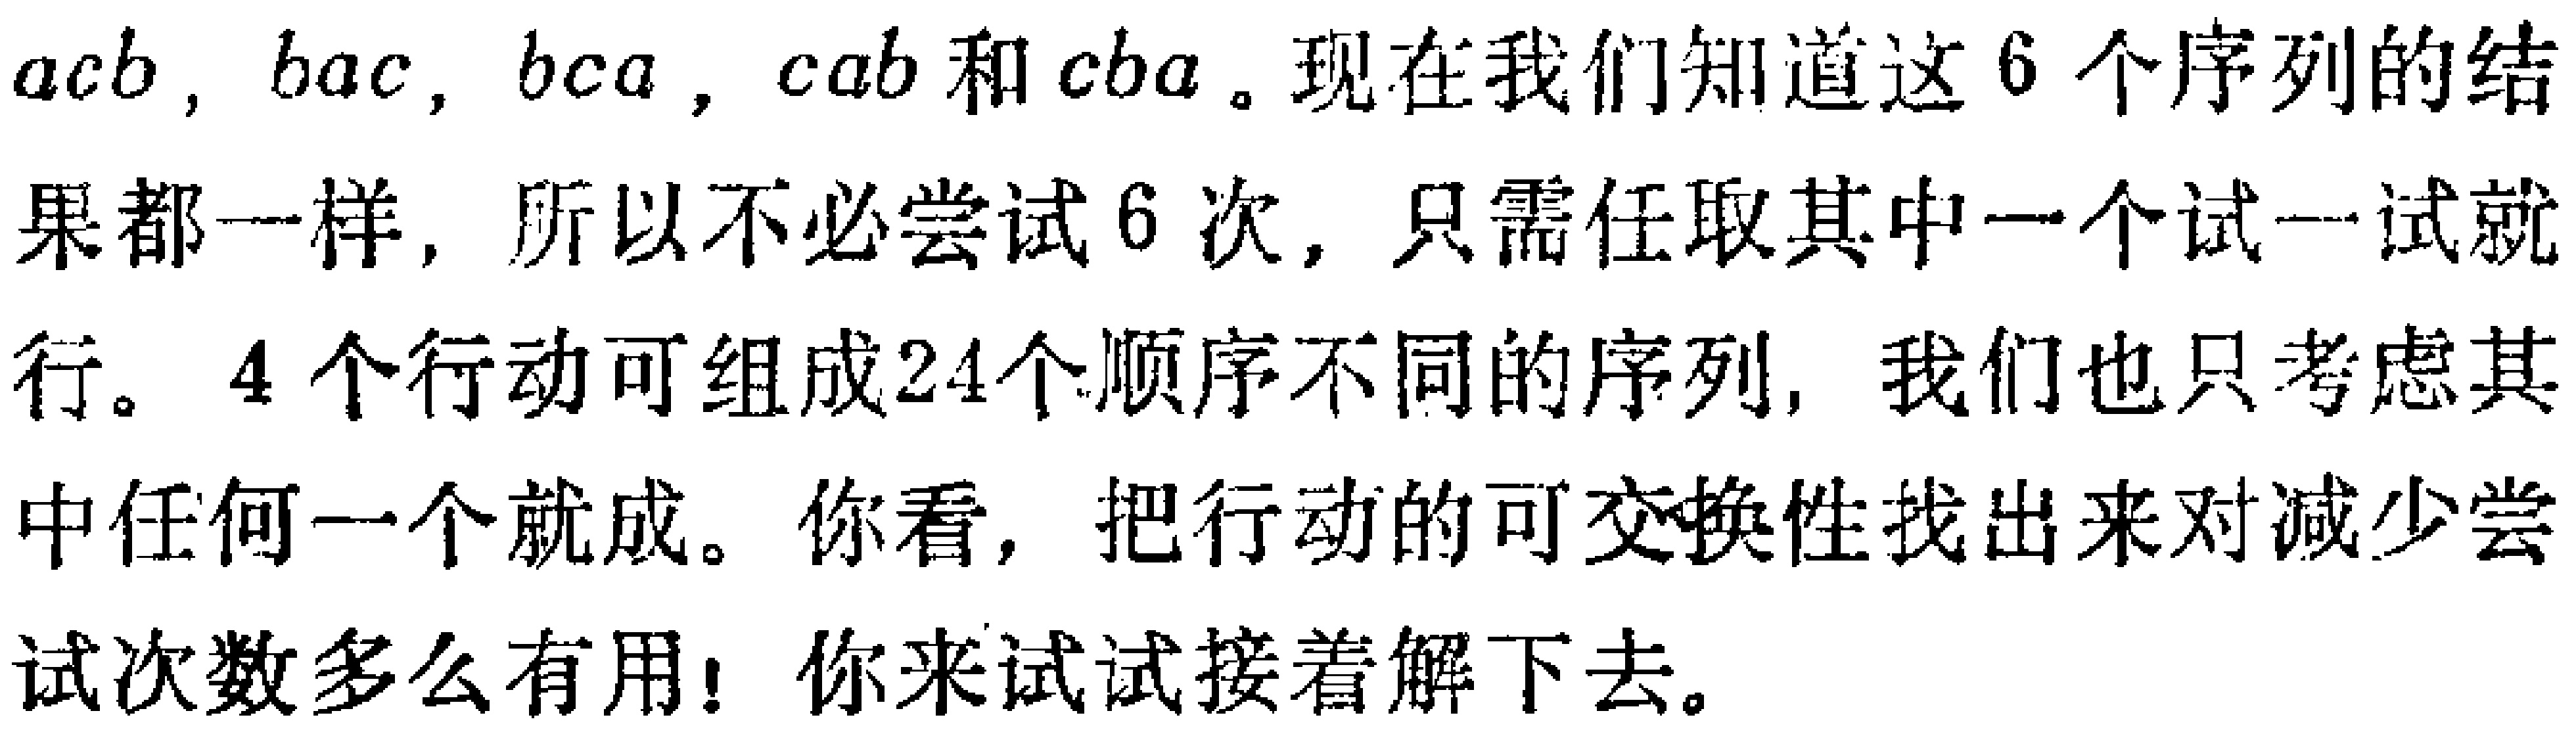
$acb$，$bac$，$bca$，$cab$和$cba$。现在我们知道这$6$个序列的结果都一样，所以不必尝试$6$次，只需任取其中一个试一试就行。$4$个行动可组成$24$个顺序不同的序列，我们也只考虑其中任何一个就成。你看，把行动的可交换性找出来对减少尝试次数多么有用！你来试试接着解下去。